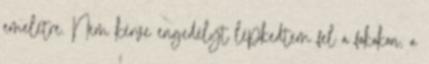
emeletre. Nem kérve engedélyt lépkedtem fel a fokokon, a